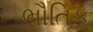
ભૌતિક